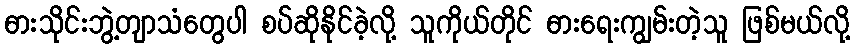
ဓားသိုင်းဘွဲ့တျာသံတွေပါ စပ်ဆိုနိုင်ခဲ့လို့ သူကိုယ်တိုင် ဓားရေးကျွမ်းတဲ့သူ ဖြစ်မယ်လို့